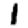
Digit: 1